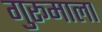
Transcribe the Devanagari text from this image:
गुरूमाला